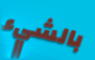
بالشيء